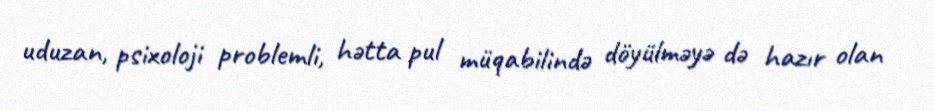
uduzan, psixoloji problemli, hətta pul müqabilində döyülməyə də hazır olan